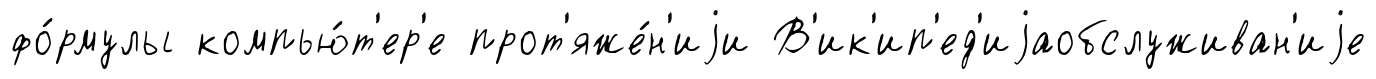
фо́рмулы компью́т'ер'е прот'яже́н'иjи В'ик'ип'ед'иjаобслуживан'иjе